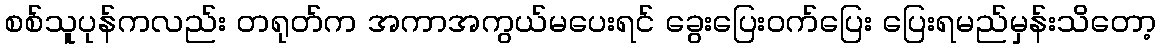
စစ်သူပုန်ကလည်း တရုတ်က အကာအကွယ်မပေးရင် ခွေးပြေးဝက်ပြေး ပြေးရမည်မှန်းသိတော့